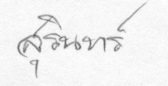
สุรินทร์